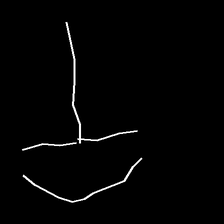
Glyph: dispersion